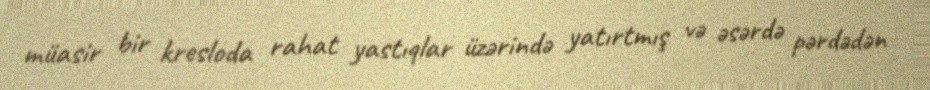
müasir bir kresloda rahat yastıqlar üzərində yatırtmış və əsərdə pərdədən